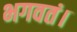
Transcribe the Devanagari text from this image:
भगवतं।